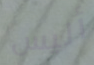
أليس